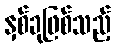
နှစ်ခုဖြစ်သည့်